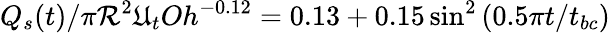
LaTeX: Q_{s}(t)/\pi\mathcal{R}^{2}\mathfrak{U}_{t}Oh^{-0.12}=0.13+0.15\sin^{2}\left(0.5\pi{t}/{t_{bc}}\right)